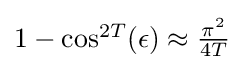
{\textstyle 1-\cos ^{2T}(\epsilon )\approx {\frac {\pi ^{2}}{4T}}}